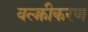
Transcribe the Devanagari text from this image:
वल्क्नीकरण